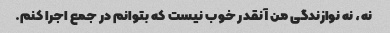
نه، نه نوازندگی من آنقدر خوب نیست که بتوانم در جمع اجرا کنم.